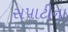
સપાટીના